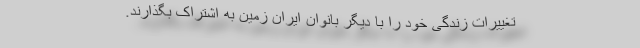
تغییرات زندگی خود را با دیگر بانوان ایران زمین به اشتراک بگذارند.